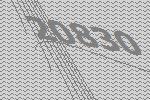
20830